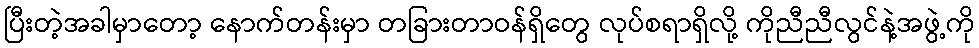
ပြီးတဲ့အခါမှာတော့ နောက်တန်းမှာ တခြားတာဝန်ရှိတွေ လုပ်စရာရှိလို့ ကိုညီညီလွင်နဲ့အဖွဲ့ကို